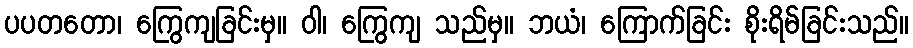
ပပတတော၊ ကြွေကျခြင်းမှ။ ဝါ၊ ကြွေကျ သည်မှ။ ဘယံ၊ ကြောက်ခြင်း စိုးရိမ်ခြင်းသည်။